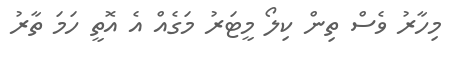
މިހާރު ވެސް ތިން ކިލޯ މީޓަރު މަގެއް އެ އޮތީ ހަމަ ތާރު